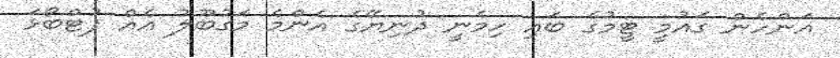
އަންހެން ގައުމީ ޓީމުގެ ބައި ހިމެނީ ދުނިޔޭގެ އެންމެ މަގުބޫލު އެއް ފުޓްބޯޅަ